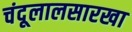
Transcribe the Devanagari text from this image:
चंदूलालसारखा